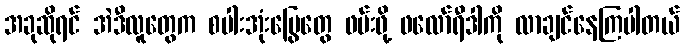
အခုဆိုရင် အဲဒီလူတွေက စပါးအုံးမြွေတွေ ဖမ်းဖို့ ဖလော်ရီဒါကို လာချင်နေကြပါတယ်